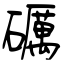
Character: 礪